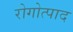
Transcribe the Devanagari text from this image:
रोगोत्पाद